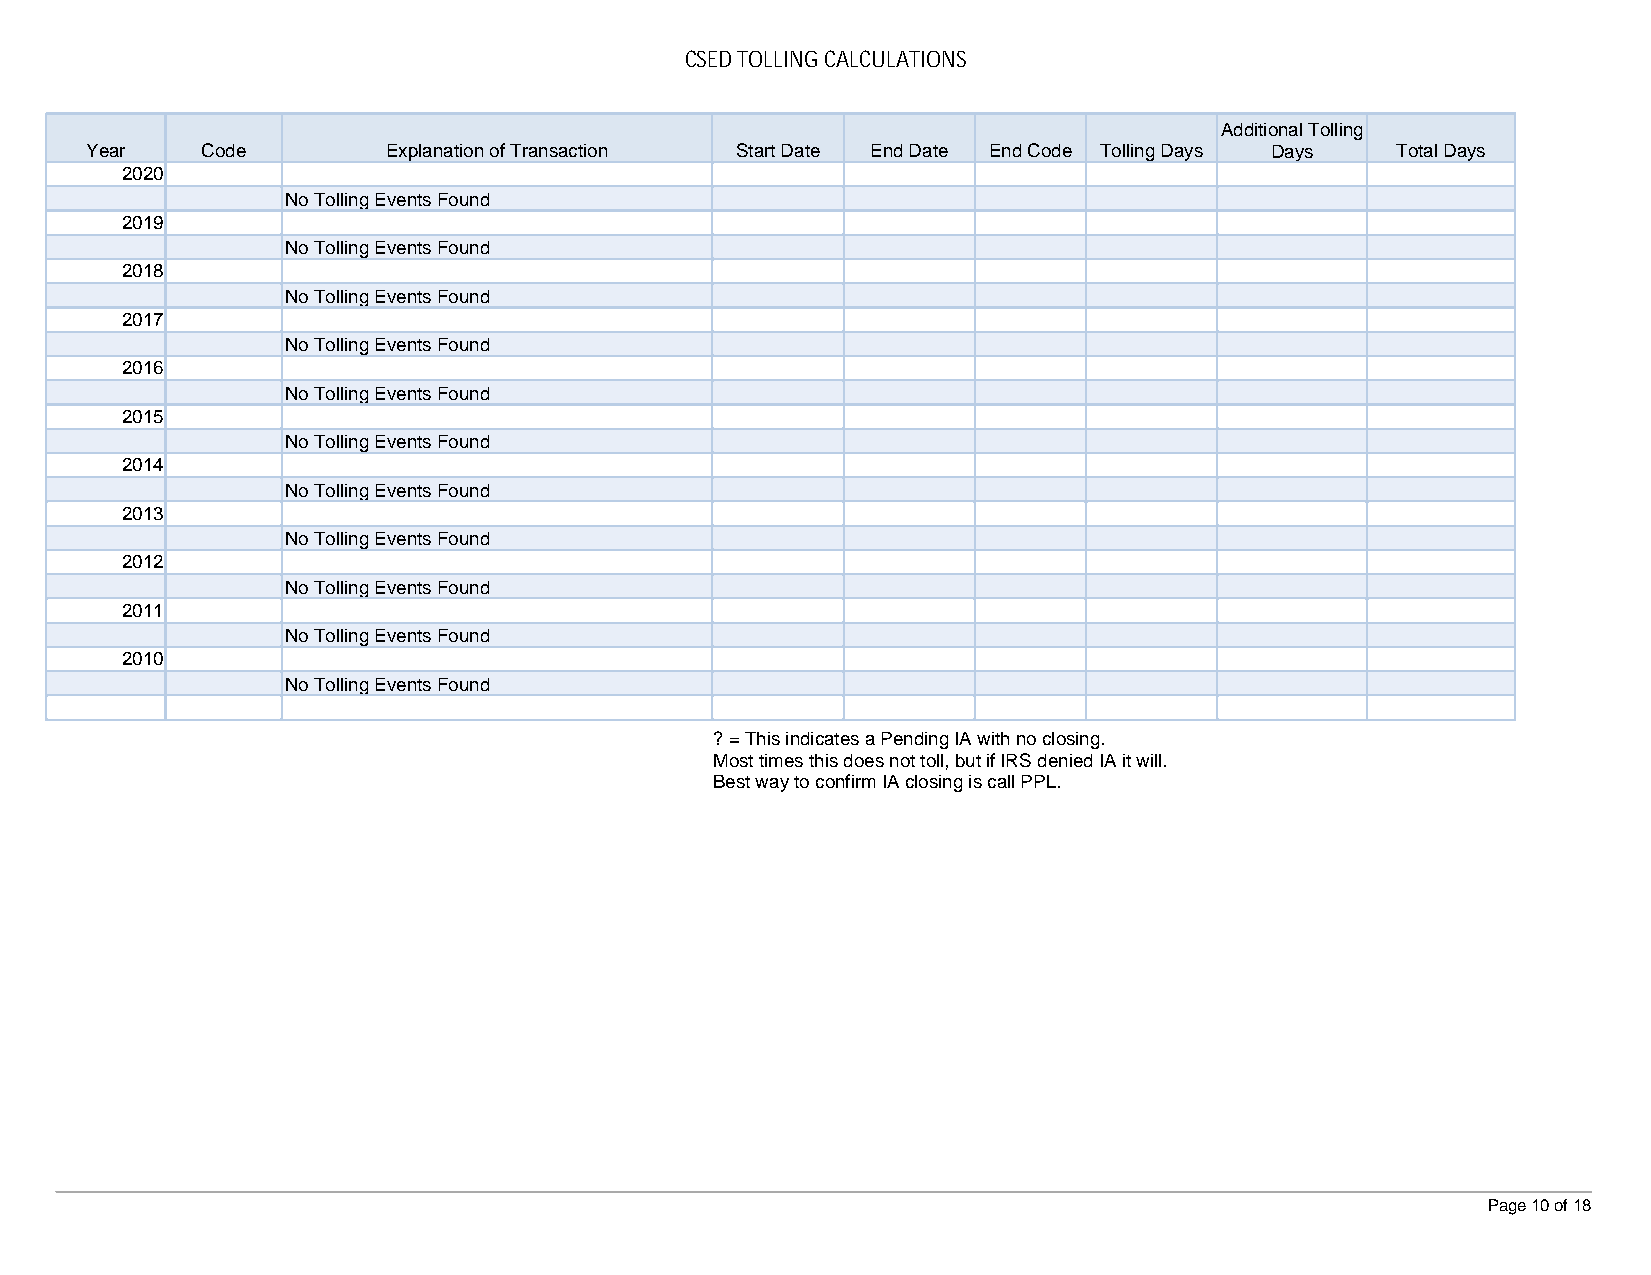
CSED TOLLING CALCULATIONS
 Additional Tolling
 Year   Code         Explanation of Transaction Start Date End Date End Code Tolling Days Days Total Days
 2020
 No Tolling Events Found
 2019
 No Tolling Events Found
 2018
 No Tolling Events Found
 2017
 No Tolling Events Found
 2016
 No Tolling Events Found
 2015
 No Tolling Events Found
 2014
 No Tolling Events Found
 2013
 No Tolling Events Found
 2012
 No Tolling Events Found
 2011
 No Tolling Events Found
 2010
 No Tolling Events Found
 ? = This indicates a Pending IA with no closing.
 Most times this does not toll, but if IRS denied IA it will.
 Best way to confirm IA closing is call PPL.
 Page 10 of 18